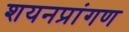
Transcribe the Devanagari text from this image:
शयनप्रांगण